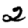
Digit: 2